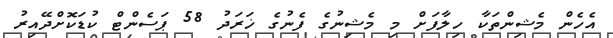
އެހެން މެޝިންތަކާ ހިލާފަށް މި މެޝިނުގެ ފެނުގެ ޚަރަދު 58 ޕަސެންޓް ކުޑަކޮށްދޭއިރު